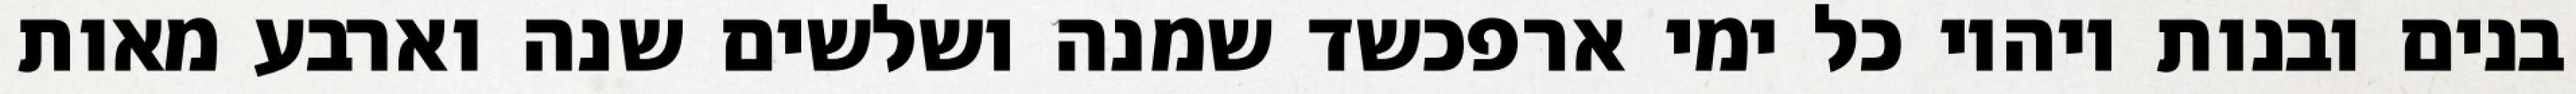
בנים ובנות ויהיו כל ימי ארפכשד שמנה ושלשים שנה וארבע מאות